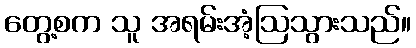
တွေ့စက သူ အရမ်းအံ့ဩသွားသည်။